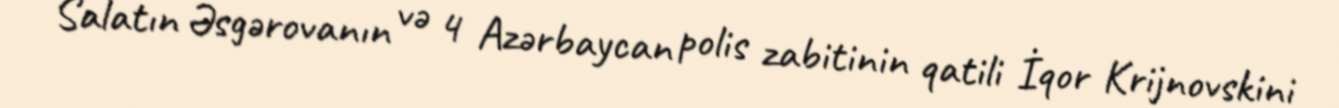
Salatın Əsgərovanın və 4 Azərbaycan polis zabitinin qatili İqor Krijnovskini